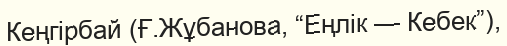
Кеңгірбай (Ғ.Жұбанова, “Еңлік — Кебек”),